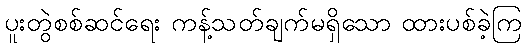
ပူးတွဲစစ်ဆင်ရေး ကန့်သတ်ချက်မရှိသော ထားပစ်ခဲ့ကြ